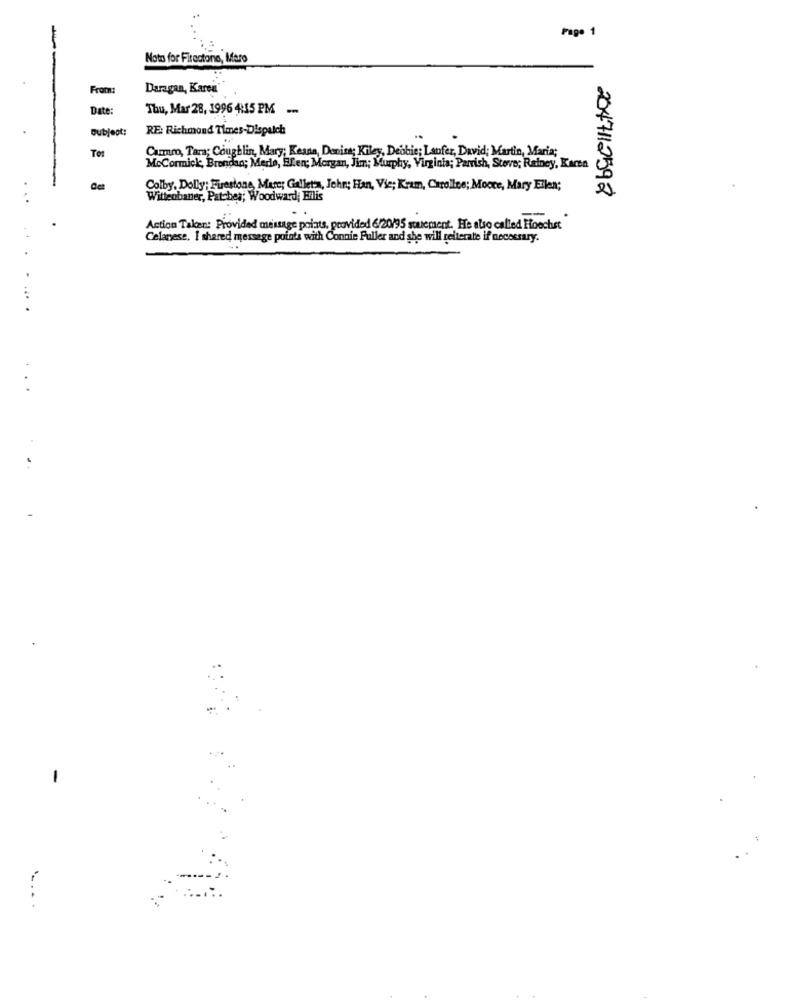
Page 1
Noto for Firestone, Maro
From:
Daragan, Karen'
Date:
Thu, Mar 28, 1996 $15 PM --
subject:
RE: Richmond Times-Dispatch
To:
Carro, Tara; Coughlin, Mary; Keane, Denise; Kiley, Debbie; Lanfer, David; Martin, Maria;
McCormick, Brendan; Merlo, Efen; Morgan, Jim; Murphy, Virginia; Parrish, Stove; Rainey, Karen
Colby, Dolly': Firestone, Marc; Galleta, Jehn; Han, Vie; Kram, Carollee; Mocce, Mary Ellen;
Wittenbaner, Patches; Woodward; Erilis
2047112592
Action Taken: Provided message points, provided 6/20/95 souement. He also called Hoechst
Celanese, I shared message points with Connie Fuller and she will reiterate if necessary.